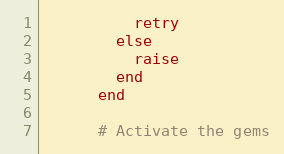
Language: Ruby
          retry
        else
          raise
        end
      end

      # Activate the gems